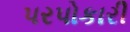
પરપોકારી